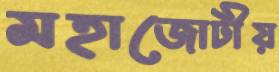
মহাজোটীয়